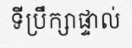
ទីប្រឹក្សាផ្ទាល់